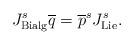
LaTeX: \begin{align*}J_{\mathrm{Bialg}}^{s}\overline{q}=\overline{p}^{s}J_{\mathrm{Lie}}^{s}.\end{align*}